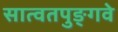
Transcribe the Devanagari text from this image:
सात्वतपुङ्गवे